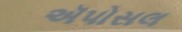
ઍપોસલ